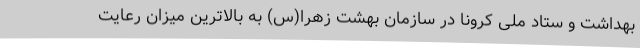
بهداشت و ستاد ملی کرونا در سازمان بهشت زهرا(س) به بالاترین میزان رعایت